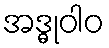
အဒ္ဓုဝါဝ